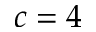
c = 4